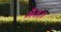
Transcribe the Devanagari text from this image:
गैराज़